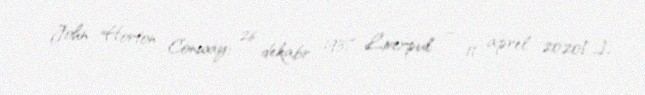
John Horton Conway; 26 dekabr 1937, Liverpul – 11 aprel 2020[…],